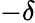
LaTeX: -\delta